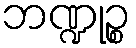
ဘဏ္ဍုဉ္စ